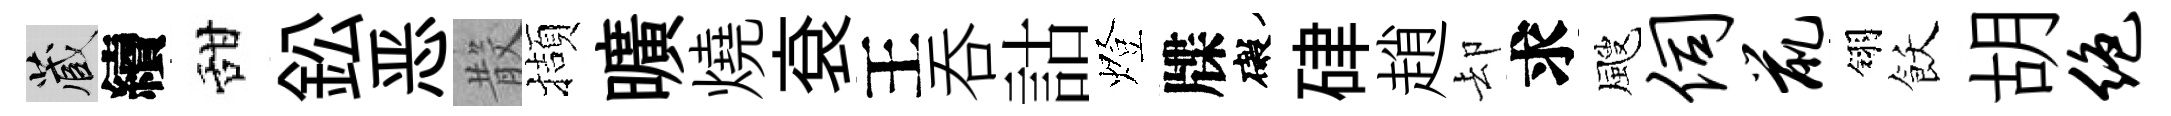
藏續甜鈆恶𣪚擷曠燒袞王吞詁燈牒礙硉趙却求颼伺鼠翎飫胡绝